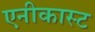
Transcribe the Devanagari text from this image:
एनीकास्ट